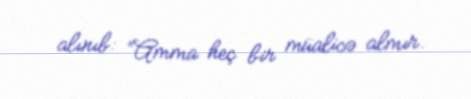
alınıb: “Amma heç bir müalicə almır.